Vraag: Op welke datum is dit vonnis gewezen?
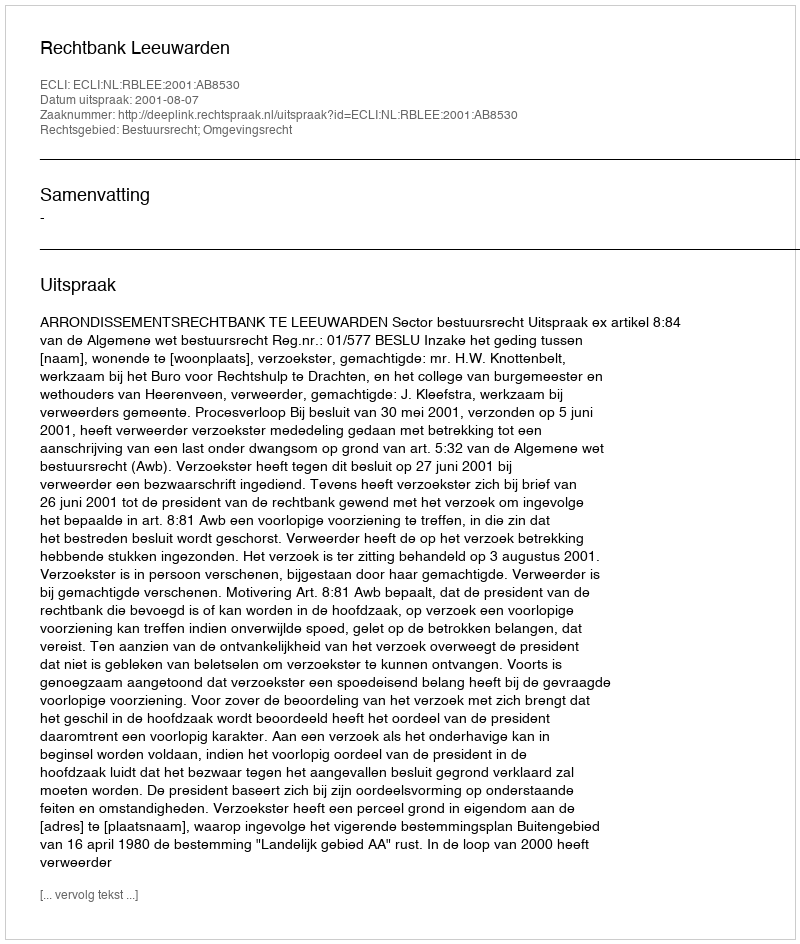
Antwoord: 2001-08-07